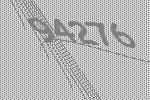
94276